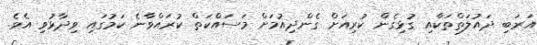
އަރަބި ދައުލަތްތަކާއި ގުޅިގެން ކުރިއަށް ގެންދިއުމަށް މަސައްކަތް ކުރައްވާނެ ކަމުގައި ވިދާޅުވި އެެވެ.